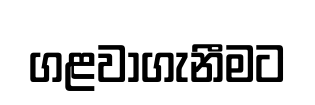
ගළවාගැනීමට